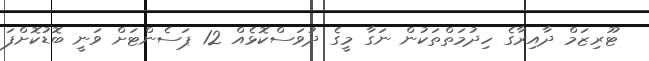
ޓޫރިޒަމް ދާއިރާގެ ހިދުމަތްތަކުން ނަގާ މީގެ ދުވަސްކޮޅެއް 12 ޕަސެންޓަށް ވަނީ ބޮޑުކޮށްފަ